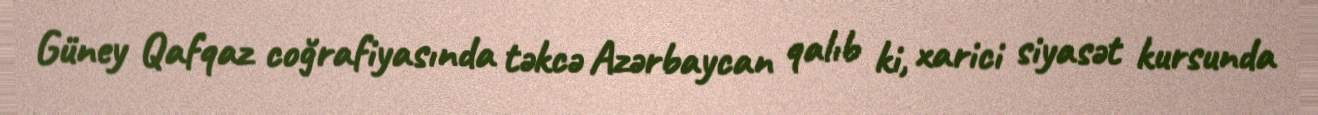
Güney Qafqaz coğrafiyasında təkcə Azərbaycan qalıb ki, xarici siyasət kursunda